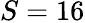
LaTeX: S=16